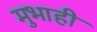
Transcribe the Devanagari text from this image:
मुभाही